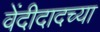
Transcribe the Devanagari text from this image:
वेंदीदादच्या